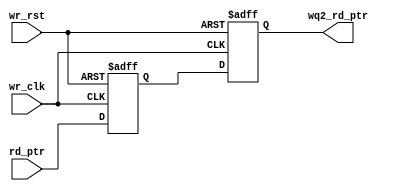
`timescale 1ns / 1ps
//////////////////////////////////////////////////////////////////////////////////
// Company: 
// Engineer: 
// 
// Design Name: 
// Module Name: sync_r2w
// Project Name: 
// Target Devices: 
// Tool Versions: 
// Description: 
// 
// Dependencies: 
// 
// Revision:
// Revision 0.01 - File Created
// Additional Comments:
// 
//////////////////////////////////////////////////////////////////////////////////


module sync_r2w (output reg [3:0] wq2_rd_ptr,input [3:0] rd_ptr, input wr_clk, wr_rst);
 reg [3:0] wq1_rptr;
 always @(posedge wr_clk, posedge wr_rst)
 if (wr_rst) 
    {wq2_rd_ptr,wq1_rptr} <= 0;
 else 
    {wq2_rd_ptr,wq1_rptr} <= {wq1_rptr,rd_ptr};
endmodule